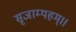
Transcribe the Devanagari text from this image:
सृजाम्यहम्।।